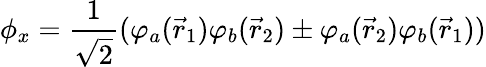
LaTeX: \phi_{x}={\frac{1}{\sqrt{2}}}(\varphi_{a}({\vec{r}}_{1})\varphi_{b}({\vec{r}}_{2})\pm\varphi_{a}({\vec{r}}_{2})\varphi_{b}({\vec{r}}_{1}))